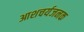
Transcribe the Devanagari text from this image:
आशचर्यजनक